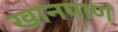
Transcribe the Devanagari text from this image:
खानपाण